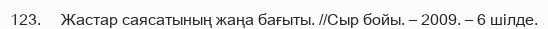
123.     Жастар саясатының жаңа бағыты. //Сыр бойы. – 2009. – 6 шілде.